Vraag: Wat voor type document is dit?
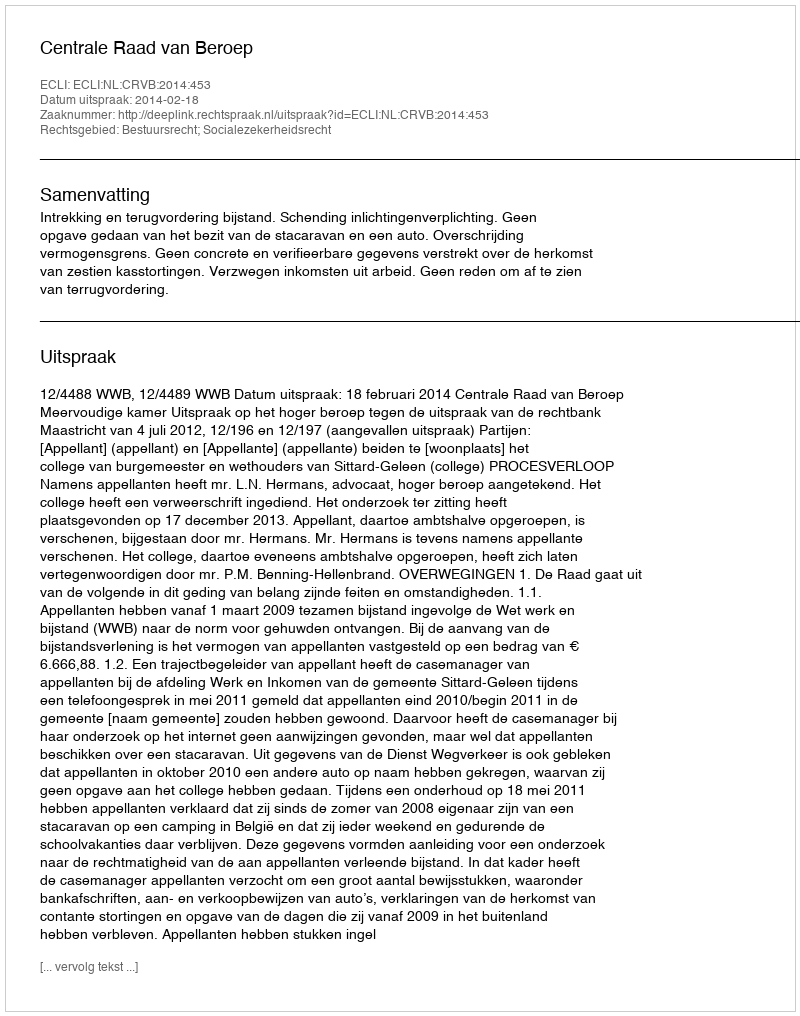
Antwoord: Uitspraak